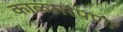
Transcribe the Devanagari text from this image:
काळसरपणा